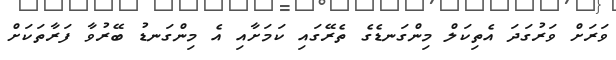
ވަރަށް ވަރުގަދަ އެތިކަލް މިންގަނޑެގެ ތެރޭގައި ކަމަށާއި އެ މިންގަނޑު ބޭރުވާ ފަރާތަކަށް